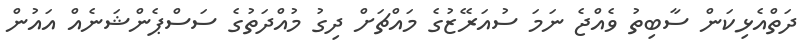
ދަތްއެޅިކަން ސާބިތު ވެއްޖެ ނަމަ ސުއަރޭޒުގެ މައްޗަށް ދިގު މުއްދަތުގެ ސަސްޕެންޝަނެއް އައުން